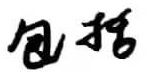
包括